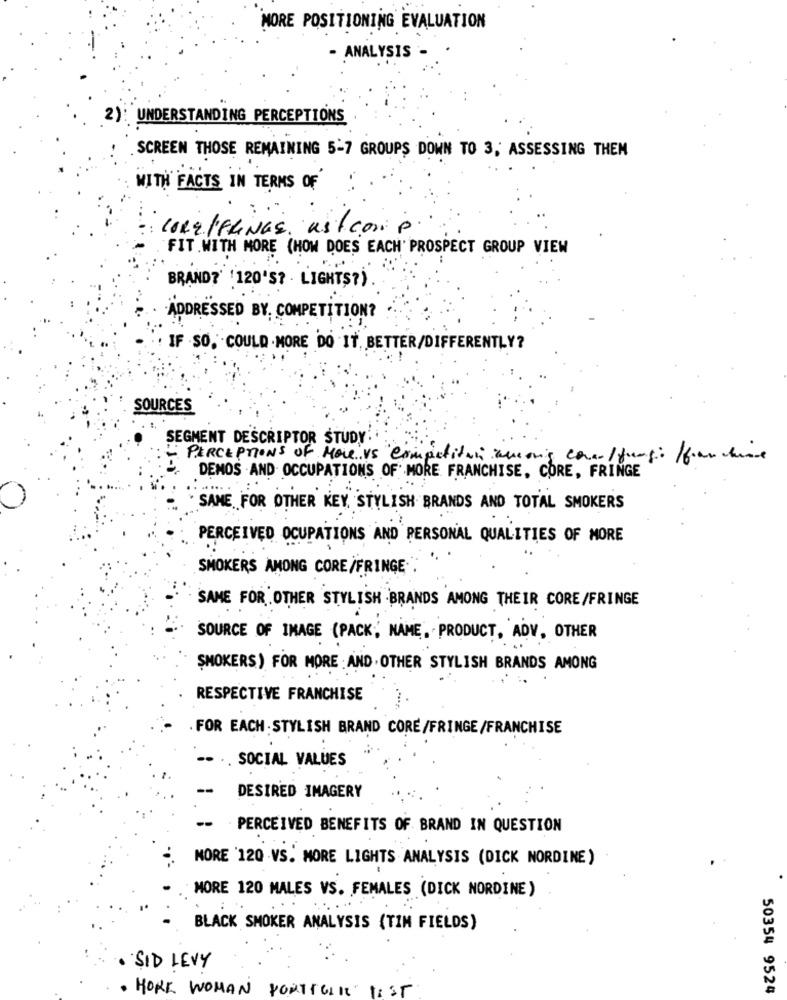
MORE POSITIONING EVALUATION
- ANALYSIS -
2): UNDERSTANDING PERCEPTIONS
SCREEN THOSE REMAINING 5-7 GROUPS DOWN TO 3, ASSESSING THEM
WITH FACTS IN TERMS OF
CORE/FlINGS. ust.com p
FIT WITH MORE (HOW DOES EACH' PROSPECT GROUP VIEW
BRAND? ( 120'S? LIGHTS?)
ADDRESSED BY, COMPETITION?
IF SO, COULD MORE DO IT BETTER/DIFFERENTLY?
SOURCES
SEGMENT DESCRIPTOR STUDY
- PERCEPTIONS OF HOLD'VS Compititali among com/ fungi for chine
DEMOS - AND- OCCUPATIONS OF MORE FRANCHISE, CORE, FRINGE
SAME .. FOR OTHER KEY STYLISH BRANDS AND TOTAL SMOKERS
PERCEIVED OCUPATIONS AND PERSONAL QUALITIES OF MORE
SMOKERS AMONG CORE /FRINGE
SAME FOR OTHER STYLISH BRANDS AMONG THEIR CORE/FRINGE
SOURCE OF IMAGE (PACK, NAME, PRODUCT, ADV, OTHER
SMOKERS) FOR MORE AND OTHER STYLISH BRANDS AMONG
RESPECTIVE FRANCHISE
. FOR EACH : STYLISH BRAND CORE/FRINGE/FRANCHISE
SOCIAL VALUES
--
DESIRED IMAGERY
--
PERCEIVED BENEFITS OF BRAND IN QUESTION
MORE 120 VS. MORE LIGHTS ANALYSIS (DICK NORDINE)
MORE 120 MALES VS. FEMALES (DICK NORDINE)
BLACK SMOKER ANALYSIS (TIM FIELDS)
SID LEVY
50354 9524
· HORE WOMAN PORTICIHE LOST